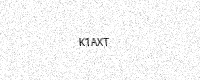
Text: K1AXT